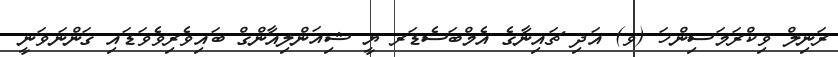
ރަނިލް ވިކްރަމަސިންހަ (ވ) އަދި ޗައިނާގެ އެމްބަސެޑަރ ޔީ ޝިއަންލިއާންގް ބައިވެރިވެވަޑައި ގަންނަވަނީ